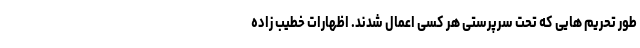
طور تحریم هایی که تحت سرپرستی هر کسی اعمال شدند. اظهارات خطیب زاده